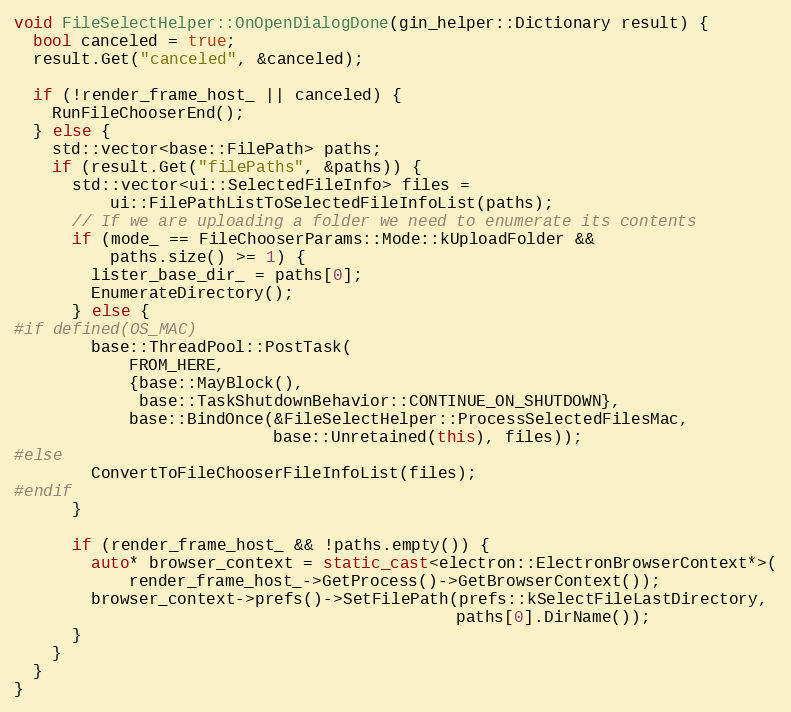
Language: C++
void FileSelectHelper::OnOpenDialogDone(gin_helper::Dictionary result) {
  bool canceled = true;
  result.Get("canceled", &canceled);

  if (!render_frame_host_ || canceled) {
    RunFileChooserEnd();
  } else {
    std::vector<base::FilePath> paths;
    if (result.Get("filePaths", &paths)) {
      std::vector<ui::SelectedFileInfo> files =
          ui::FilePathListToSelectedFileInfoList(paths);
      // If we are uploading a folder we need to enumerate its contents
      if (mode_ == FileChooserParams::Mode::kUploadFolder &&
          paths.size() >= 1) {
        lister_base_dir_ = paths[0];
        EnumerateDirectory();
      } else {
#if defined(OS_MAC)
        base::ThreadPool::PostTask(
            FROM_HERE,
            {base::MayBlock(),
             base::TaskShutdownBehavior::CONTINUE_ON_SHUTDOWN},
            base::BindOnce(&FileSelectHelper::ProcessSelectedFilesMac,
                           base::Unretained(this), files));
#else
        ConvertToFileChooserFileInfoList(files);
#endif
      }

      if (render_frame_host_ && !paths.empty()) {
        auto* browser_context = static_cast<electron::ElectronBrowserContext*>(
            render_frame_host_->GetProcess()->GetBrowserContext());
        browser_context->prefs()->SetFilePath(prefs::kSelectFileLastDirectory,
                                              paths[0].DirName());
      }
    }
  }
}